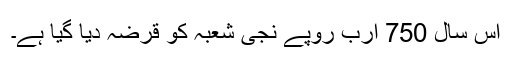
اس سال 750 ارب روپے نجی شعبہ کو قرضہ دیا گیا ہے۔